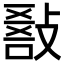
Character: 𢾵